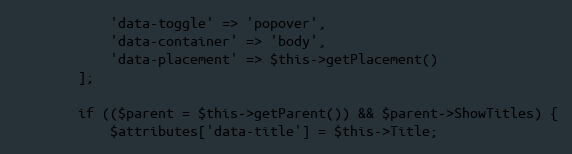
Language: PHP
            'data-toggle' => 'popover',
            'data-container' => 'body',
            'data-placement' => $this->getPlacement()
        ];

        if (($parent = $this->getParent()) && $parent->ShowTitles) {
            $attributes['data-title'] = $this->Title;